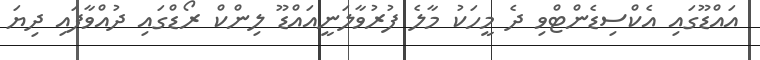
އައްޑޫގައި އެކްސިޑެންޓްވި ދެ މީހަކު މާލެ ފުރުވާލަނީއައްޑޫ ލިންކް ރޯޑްގައި ދުއްވާފައި ދިޔަ